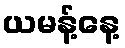
ယမန့်နေ့